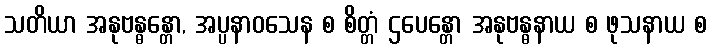
သတိယာ အနုဗန္ဓန္တော, အပ္ပနာဝသေန စ စိတ္တံ ဌပေန္တော အနုဗန္ဓနာယ စ ဖုသနာယ စ